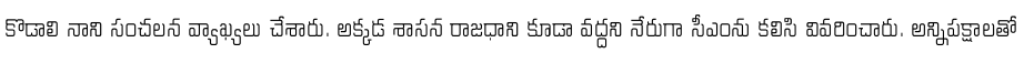
కొడాలి నాని సంచలన వ్యాఖ్యలు చేశారు. అక్కడ శాసన రాజధాని కూడా వద్దని నేరుగా సీఎంను కలిసి వివరించారు. అన్నిపక్షాలతో